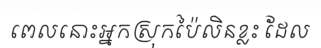
ពេលនោះអ្នកស្រុកប៉ៃលិនខ្លះ ដែល